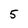
Character: 5